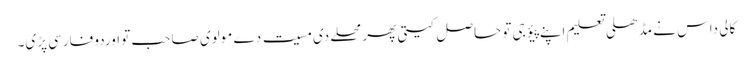
کالی داس نے مڈھلی تعلیم اپنے پیؤ جی تو حاصل کیتی پھر محلے دی مسیت دے مولوی صاحب تو اوردو فارسی پڑی۔